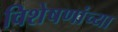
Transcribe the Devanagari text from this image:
विशेषणांच्या